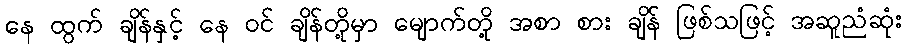
နေ ထွက် ချိန်နှင့် နေ ဝင် ချိန်တို့မှာ မျောက်တို့ အစာ စား ချိန် ဖြစ်သဖြင့် အဆူညံဆုံး